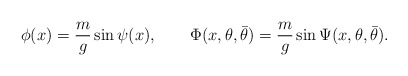
\begin{align*}\phi(x) = {m \over g} \sin \psi(x), \qquad \Phi(x, \theta, \bar\theta)= {m \over g} \sin \Psi(x, \theta, \bar\theta).\end{align*}